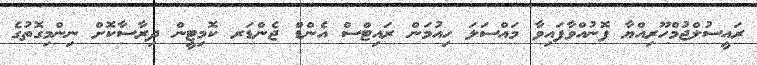
ރައީސުލްޖުމްހޫރިއްޔާ ފޮނުއްވާފައިވާ މައްސަލަ ހިއުމަން ރައިޓްސް އެންޑް ޖެންޑަރ ކޮމިޓީން ދިރާސާކޮށް ނިންމިގޮތުގެ